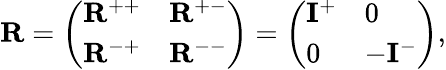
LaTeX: \mathbf{R}=\left(\begin{array}{ll}{\mathbf{R}^{++}}&{\mathbf{R}^{+-}}\\ {\mathbf{R}^{-+}}&{\mathbf{R}^{--}}\end{array}\right)=\left(\begin{array}{ll}{\mathbf{I}^{+}}&{0}\\ {0}&{-\mathbf{I}^{-}}\end{array}\right),